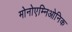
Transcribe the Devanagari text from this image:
मोनोएम्निओनिक